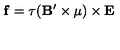
{ \bf f } = \tau ( { \bf B } ^ { \prime } \times { \bf \mu } ) \times { \bf E }